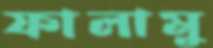
ফালামু